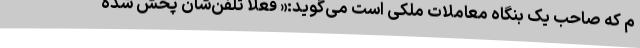
م که صاحب یک بنگاه معاملات ملکی است می‌گوید:« فعلا تلفن‌شان پخش شده